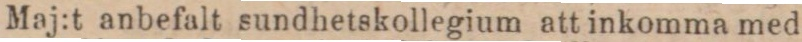
Maj:t anbefalt sundhetskollegium att inkomma med